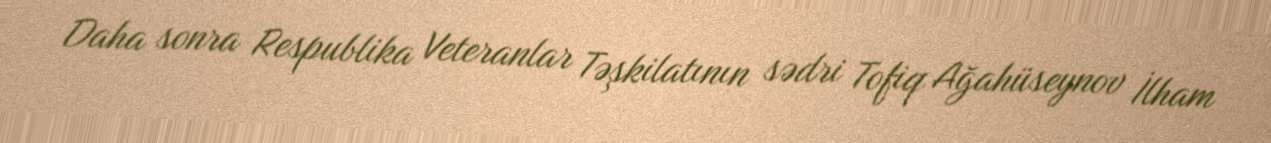
Daha sonra Respublika Veteranlar Təşkilatının sədri Tofiq Ağahüseynov İlham